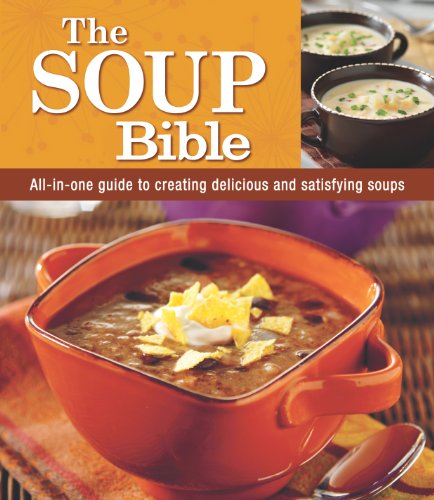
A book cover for The Soup Bible; Editors of Favorite Brand Name Recipes; Cookbooks, Food & Wine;